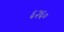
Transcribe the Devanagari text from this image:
६२६०